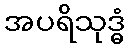
အပရိသုဒ္ဓံ